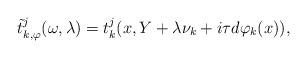
LaTeX: \begin{align*} \tilde{t}^j_{k,\varphi}(\omega,\lambda)=t^j_k(x,Y+\lambda \nu_k+i\tau d\varphi_k(x)), \end{align*}